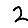
Digit: 2